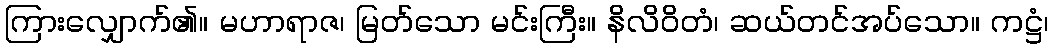
ကြားလျှောက်၏။ မဟာရာဇ၊ မြတ်သော မင်းကြီး။ နိလိဝိတံ၊ ဆယ်တင်အပ်သော။ ကဋ္ဌံ၊